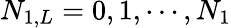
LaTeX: N_{1,L}=0,1,\cdots,N_{1}